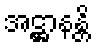
အဋ္ဌာနန္တိ